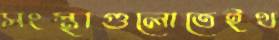
সংস্থাগুলোতেইথ